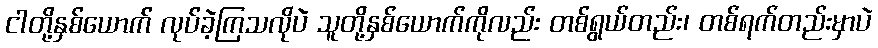
ငါတို့နှစ်ယောက် လုပ်ခဲ့ကြသလိုပဲ သူတို့နှစ်ယောက်ကိုလည်း တစ်ရွယ်တည်း၊ တစ်ရက်တည်းမှာပဲ